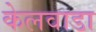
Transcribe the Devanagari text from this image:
केलवाडा